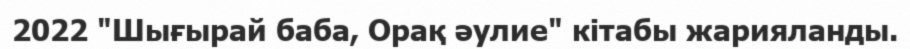
2022 "Шығырай баба, Орақ әулие" кітабы жарияланды.